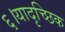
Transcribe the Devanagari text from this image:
६।यादृच्छिक